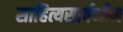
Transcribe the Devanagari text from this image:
साहित्यसार्वभौम